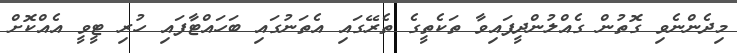
މިދެންނެވި ގޮތުން ގެއްލުންދީފައިވާ ތަކެތީގެ ތެރޭގައި އެތަނުގައި ބަހައްޓާފައި ހުރި ޓީވީ އެއްކޮށް